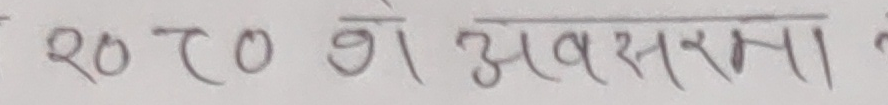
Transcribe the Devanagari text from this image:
२० ८० शे अवसरमा